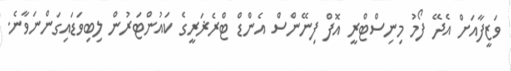
ވަޒީފާއަށް އެދޭ ފޯމު މިނިސްޓްރީ އޮފް ފިނޭންސް އެންޑް ޓްރެޜަރީގެ ކައުންޓަރުން ލިބިވަޑައިގަންނަވާނެ.